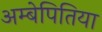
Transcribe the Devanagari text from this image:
अम्बेपितिया